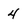
Character: 4